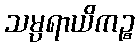
သမ္ပရာယိကဉ္စ